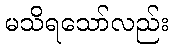
မသိရသော်လည်း